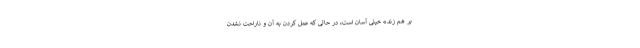
بر هم زند» خیلی آسان است، در حالی که عمل کردن به آن و ناراحت نشدن